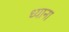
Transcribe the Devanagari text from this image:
ध्याना